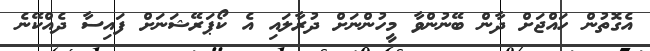
އެގޮތުން ހައްޖަށް ދާން ބޭނުންވާ މީހުންނަށް ދުރާލައި އެ ކޯޕަރޭޝަނަށް ފައިސާ ދެއްކޭނެ